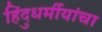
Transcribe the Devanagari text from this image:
हिंदुधर्मीयांचा